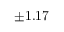
\pm 1 . 1 7 \